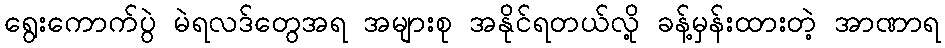
ရွေးကောက်ပွဲ မဲရလဒ်တွေအရ အများစု အနိုင်ရတယ်လို့ ခန့်မှန်းထားတဲ့ အာဏာရ